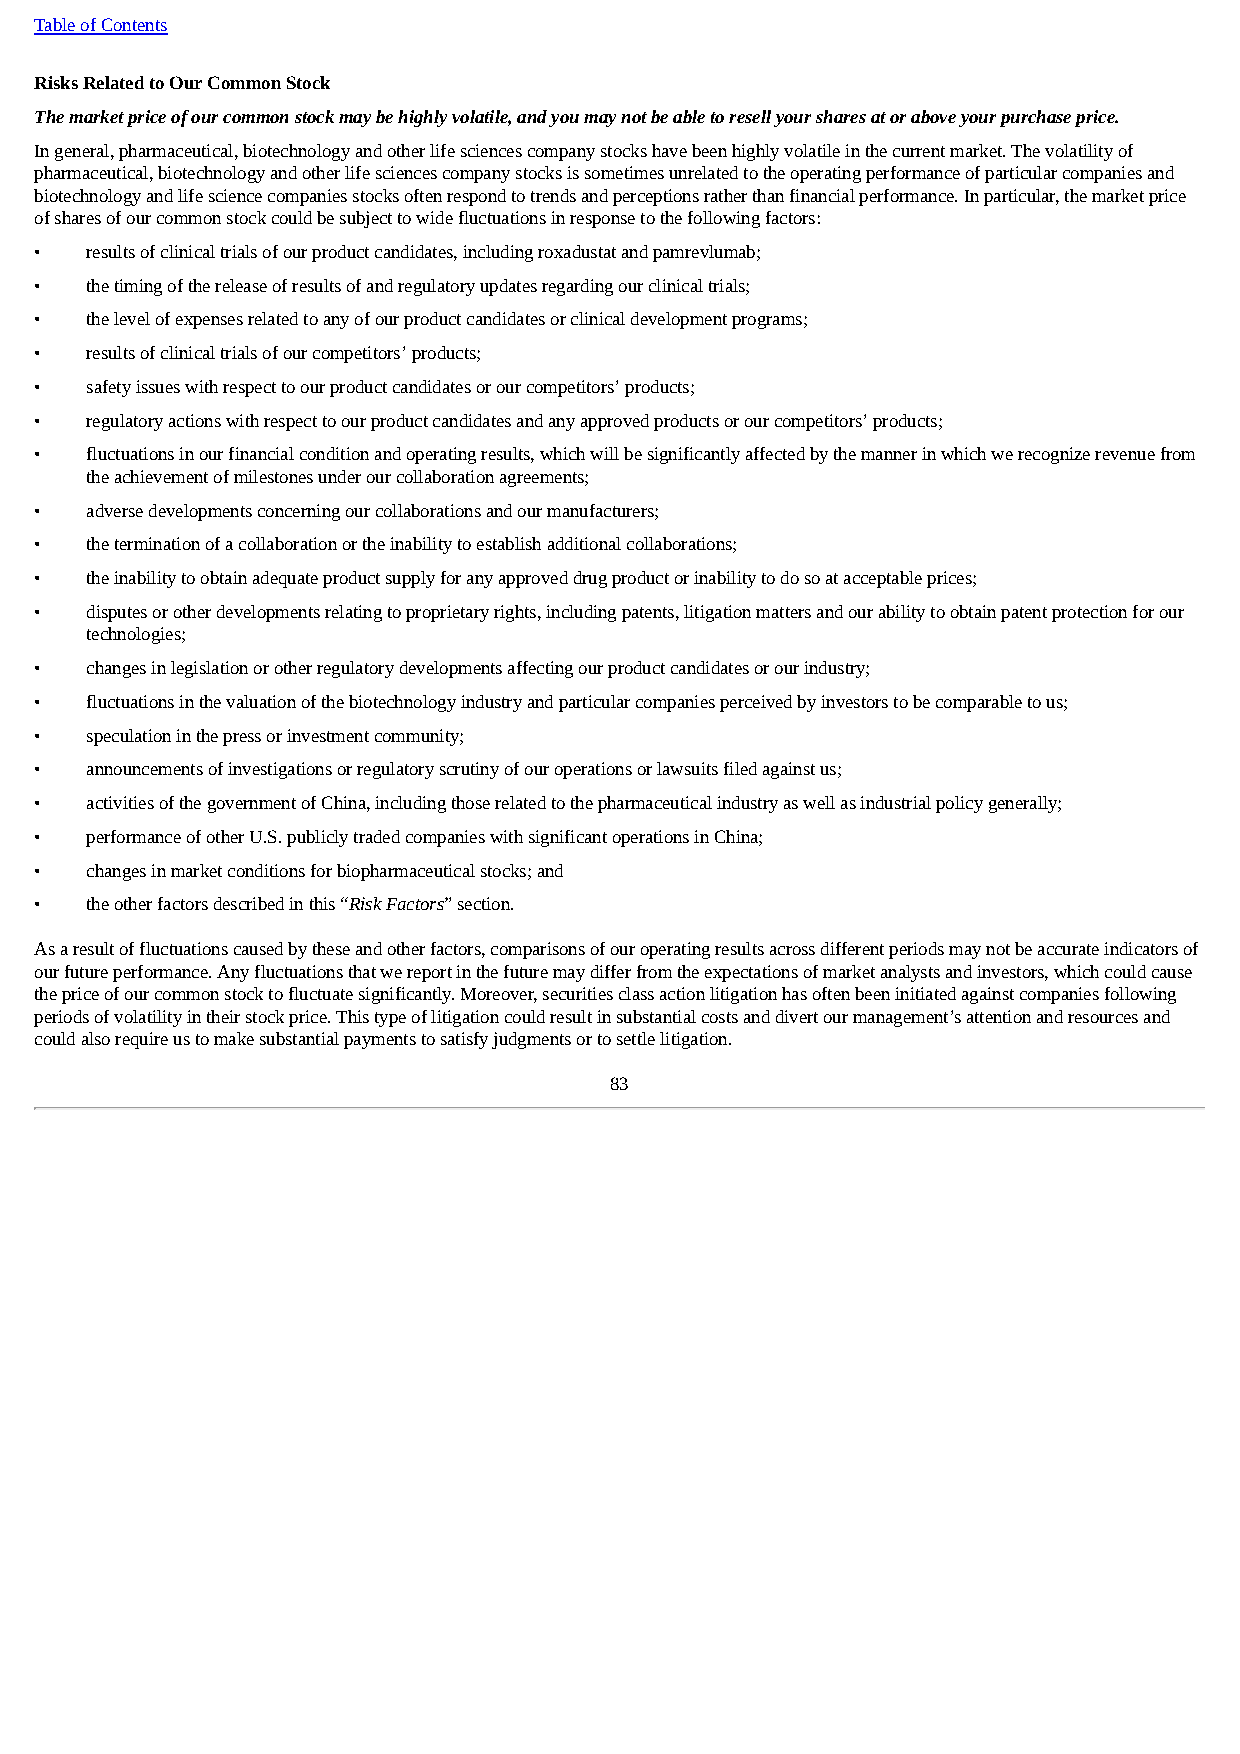
Table of Contents
 Risks Related to Our Common Stock
 The market price of our common stock may be highly volatile, and you may not be able to resell your shares at or above your purchase price.
 In general, pharmaceutical, biotechnology and other life sciences company stocks have been highly volatile in the current market. The volatility of
 pharmaceutical, biotechnology and other life sciences company stocks is sometimes unrelated to the operating performance of particular companies and
 biotechnology and life science companies stocks often respond to trends and perceptions rather than financial performance. In particular, the market price
 of shares of our common stock could be subject to wide fluctuations in response to the following factors:
 •   results of clinical trials of our product candidates, including roxadustat and pamrevlumab;
 •   the timing of the release of results of and regulatory updates regarding our clinical trials;
 •   the level of expenses related to any of our product candidates or clinical development programs;
 •   results of clinical trials of our competitors’ products;
 •   safety issues with respect to our product candidates or our competitors’ products;
 •   regulatory actions with respect to our product candidates and any approved products or our competitors’ products;
 •   fluctuations in our financial condition and operating results, which will be significantly affected by the manner in which we recognize revenue from
 the achievement of milestones under our collaboration agreements;
 •   adverse developments concerning our collaborations and our manufacturers;
 •   the termination of a collaboration or the inability to establish additional collaborations;
 •   the inability to obtain adequate product supply for any approved drug product or inability to do so at acceptable prices;
 •   disputes or other developments relating to proprietary rights, including patents, litigation matters and our ability to obtain patent protection for our
 technologies;
 •   changes in legislation or other regulatory developments affecting our product candidates or our industry;
 •   fluctuations in the valuation of the biotechnology industry and particular companies perceived by investors to be comparable to us;
 •   speculation in the press or investment community;
 •   announcements of investigations or regulatory scrutiny of our operations or lawsuits filed against us;
 •   activities of the government of China, including those related to the pharmaceutical industry as well as industrial policy generally;
 •   performance of other U.S. publicly traded companies with significant operations in China;
 •   changes in market conditions for biopharmaceutical stocks; and
 •   the other factors described in this “Risk Factors” section.
 As a result of fluctuations caused by these and other factors, comparisons of our operating results across different periods may not be accurate indicators of
 our future performance. Any fluctuations that we report in the future may differ from the expectations of market analysts and investors, which could cause
 the price of our common stock to fluctuate significantly. Moreover, securities class action litigation has often been initiated against companies following
 periods of volatility in their stock price. This type of litigation could result in substantial costs and divert our management’s attention and resources and
 could also require us to make substantial payments to satisfy judgments or to settle litigation.
 83